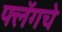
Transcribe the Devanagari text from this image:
फ्लॅगचे